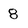
Character: 8